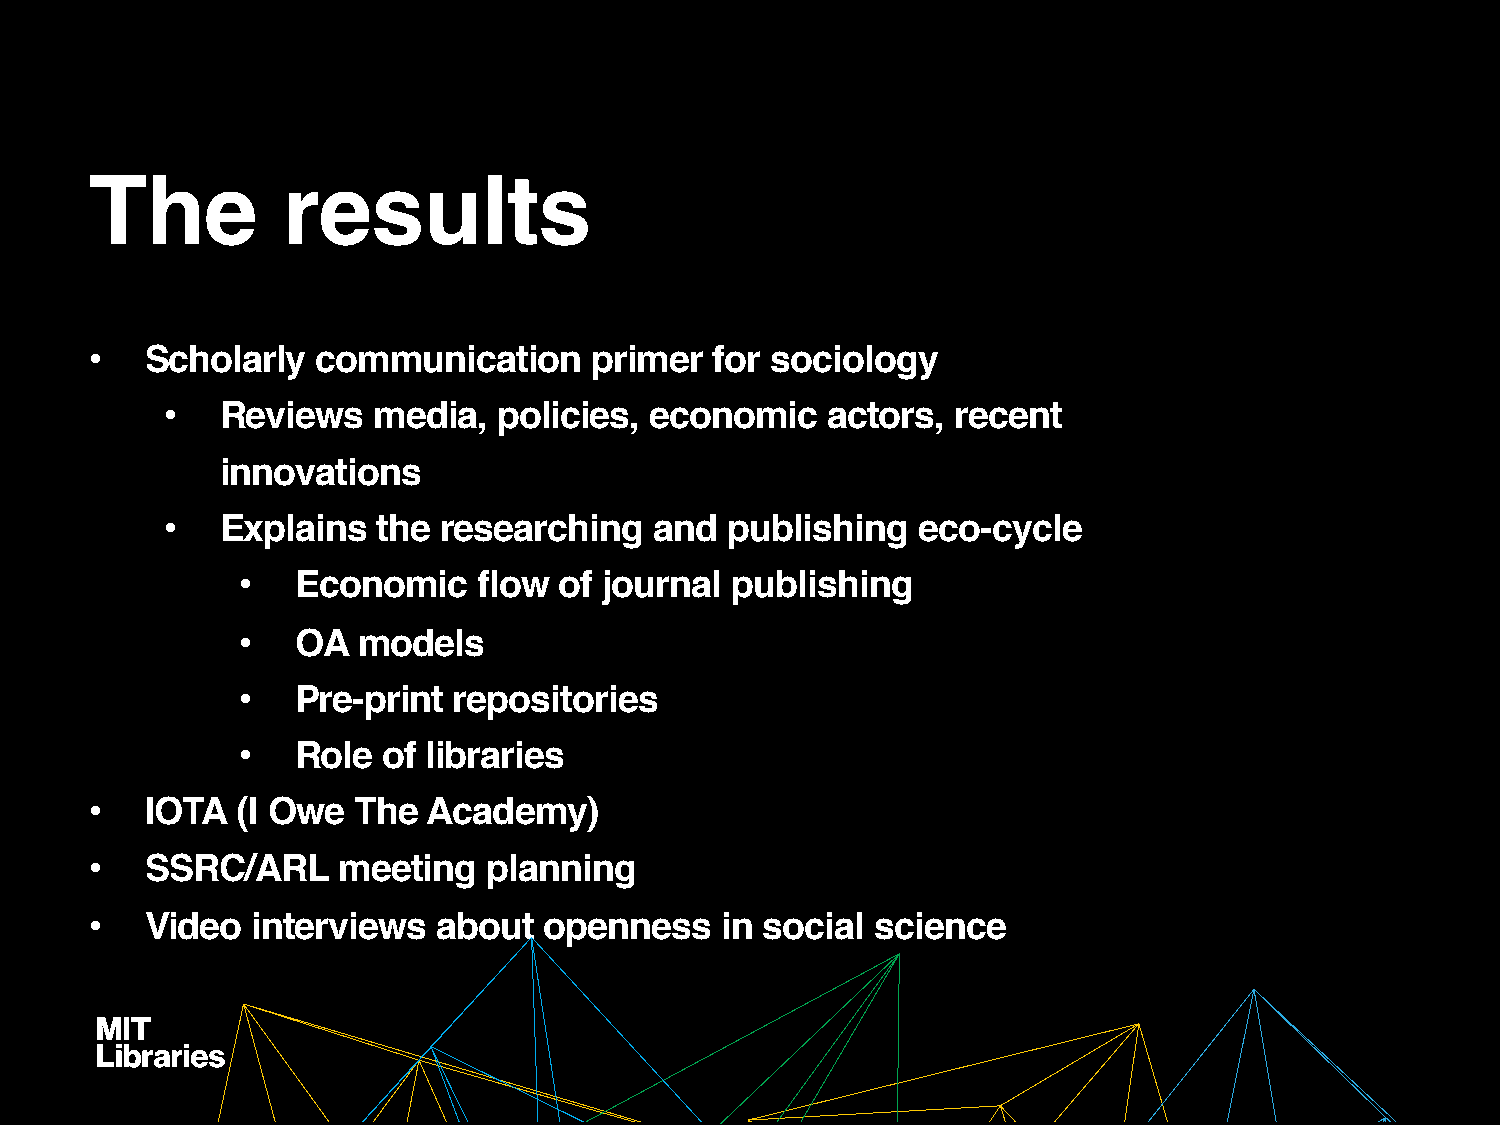
The          results
 •   Scholarly  communication     primer  for sociology
 •   Reviews   media,  policies, economic    actors, recent
 innovations
 •   Explains  the researching   and  publishing   eco-cycle
 •   Economic    flow of journal publishing
 •   OA  models
 •   Pre-print repositories
 •   Role of libraries
 •   IOTA  (I Owe The  Academy)
 •   SSRC/ARL    meeting   planning
 •   Video  interviews  about  openness    in social science